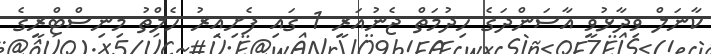
ކާނަލް ވިދާޅުވީ އާސަންދަގެ ހިދުމަތް ޖެނުއަރީ 1 ގައި ފެށިއިރު ހެލްތު މިނިސްޓްރީގެ